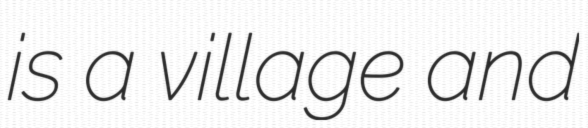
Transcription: is a village and